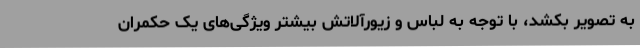
به تصویر بکشد، با توجه به لباس و زیورآلاتش بیشتر ویژگی‌های یک حکمران